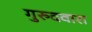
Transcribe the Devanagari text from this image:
गुरुदवारा